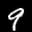
Label: 9